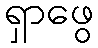
ရှာဖွေ